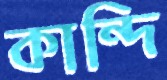
কান্দি